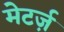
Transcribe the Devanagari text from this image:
मेटर्ज़